Indian journal of veterinary science and animal husbandry - Volume 3,
Year: 1933
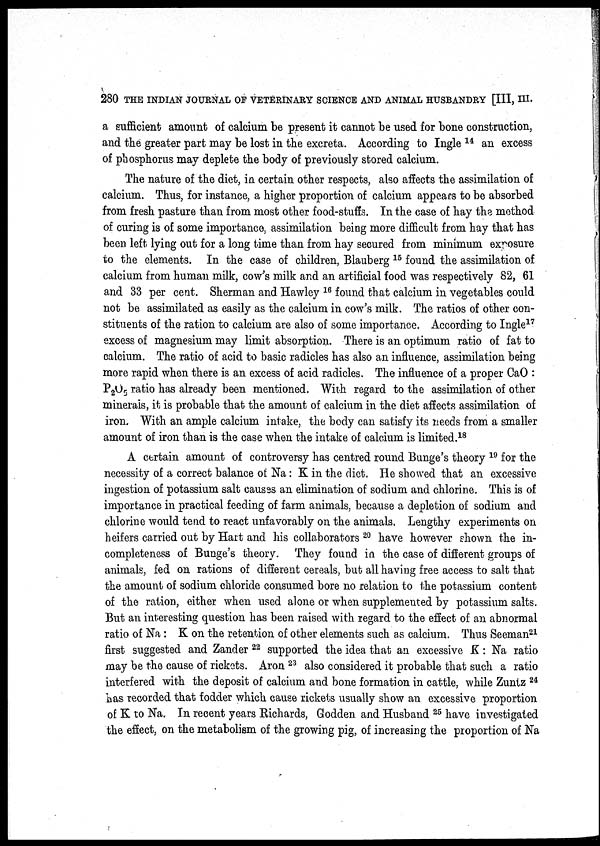
280 THE INDIAN JOURNAL OF VETERINARY SCIENCE AND ANIMAL HUSBANDRY [III, III.
a sufficient amount of calcium be present it cannot be used for bone construction,
and the greater part may be lost in the excreta. According to Ingle 14 an excess
of phosphorus may deplete the body of previously stored calcium.
The nature of the diet, in certain other respects, also affects the assimilation of
calcium. Thus, for instance, a higher proportion of calcium appears to be absorbed
from fresh pasture than from most other food-stuffs. In the case of hay the method
of curing is of some importance, assimilation being more difficult from hay that has
been left lying out for a long time than from hay secured from minimum exposure
to the elements. In the case of children, Blauberg 15 found the assimilation of
calcium from human milk, cow's milk and an artificial food was respectively 82, 61
and 33 per cent. Sherman and Hawley 16 found that calcium in vegetables could
not be assimilated as easily as the calcium in cow's milk. The ratios of other con-
stituents of the ration to calcium are also of some importance. According to Ingle 17
excess of magnesium may limit absorption. There is an optimum ratio of fat to
calcium. The ratio of acid to basic radicles has also an influence, assimilation being
more rapid when there is an excess of acid radicles. The influence of a proper CaO :
P 2 O 5 ratio has already been mentioned. With regard to the assimilation of other
minerais, it is probable that the amount of calcium in the diet affects assimilation of
iron. With an ample calcium intake, the body can satisfy its needs from a smaller
amount of iron than is the case when the intake of calcium is limited. 18
A certain amount of controversy has centred round Bunge's theory 19 for the
necessity of a correct balance of Na: K in the diet. He showed that an excessive
ingestion of potassium salt causes an elimination of sodium and chlorine. This is of
importance in practical feeding of farm animals, because a depletion of sodium and
chlorine would tend to react unfavorably on the animals. Lengthy experiments on
heifers carried out by Hart and his collaborators 20 have however shown the in-
completeness of Bunge's theory. They found in the case of different groups of
animals, fed on rations of different cereals, but all having free access to salt that
the amount of sodium chloride consumed bore no relation to the potassium content
of the ration, either when used alone or when supplemented by potassium salts.
But an interesting question has been raised with regard to the effect of an abnormal
ratio of Na : K on the retention of other elements such as calcium. Thus Seeman 21
first suggested and Zander 22 supported the idea that an excessive K : Na ratio
may be the cause of rickets. Aron 23 also considered it probable that such a ratio
interfered with the deposit of calcium and bone formation in cattle, while Zuntz 24
has recorded that fodder which cause rickets usually show an excessive proportion
of K to Na. In recent years Richards, Godden and Husband 25 have investigated
the effect, on the metabolism of the growing pig, of increasing the proportion of Na